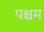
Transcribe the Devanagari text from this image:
पश्चम